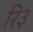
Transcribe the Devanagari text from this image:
रि३